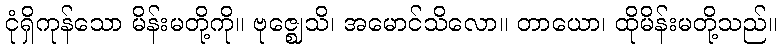
ငုံရှိကုန်သော မိန်းမတို့ကို။ ဗုဇ္ဈေသိ၊ အမောင်သိလော။ တာယော၊ ထိုမိန်းမတို့သည်။